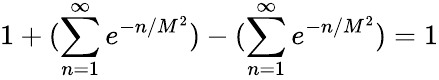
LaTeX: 1+(\sum_{n=1}^{\infty}e^{-n/M^{2}})-(\sum_{n=1}^{\infty}e^{-n/M^{2}})=1